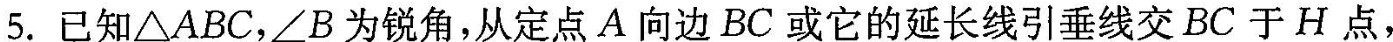
5.已知△ABC，∠B为锐角，从定点A向边BC或它的延长线引垂线交BC于H点，